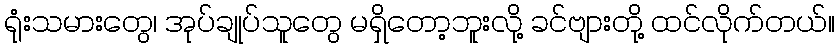
ရုံးသမားတွေ၊ အုပ်ချုပ်သူတွေ မရှိတော့ဘူးလို့ ခင်ဗျားတို့ ထင်လိုက်တယ်။